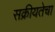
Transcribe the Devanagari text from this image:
सक्रीयतेचा